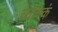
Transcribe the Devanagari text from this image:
व्यापकं